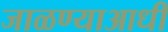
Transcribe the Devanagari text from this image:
जाळण्याआधी